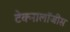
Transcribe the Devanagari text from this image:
टेक्नालॉजीस